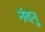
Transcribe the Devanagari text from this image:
नंदनु